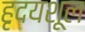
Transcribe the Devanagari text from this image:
हृदयशूल